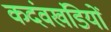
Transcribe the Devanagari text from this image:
कदंवखंडियों